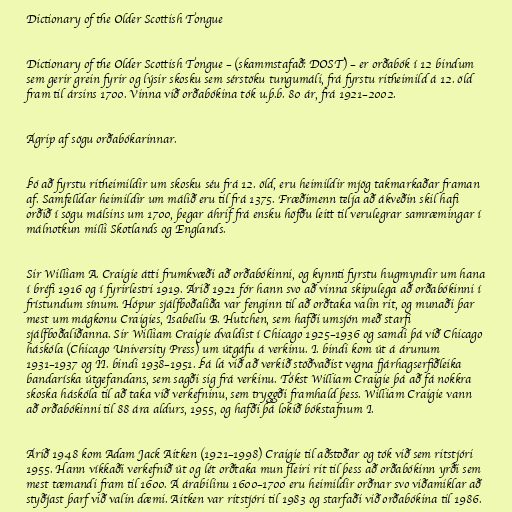
Dictionary of the Older Scottish Tongue

Dictionary of the Older Scottish Tongue – (skammstafað: DOST) – er orðabók í 12 bindum
sem gerir grein fyrir og lýsir skosku sem sérstöku tungumáli, frá fyrstu ritheimild á 12. öld
fram til ársins 1700. Vinna við orðabókina tók u.þ.b. 80 ár, frá 1921–2002.

Ágrip af sögu orðabókarinnar.

Þó að fyrstu ritheimildir um skosku séu frá 12. öld, eru heimildir mjög takmarkaðar framan
af. Samfelldar heimildir um málið eru til frá 1375. Fræðimenn telja að ákveðin skil hafi
orðið í sögu málsins um 1700, þegar áhrif frá ensku höfðu leitt til verulegrar samræmingar í
málnotkun milli Skotlands og Englands.

Sir William A. Craigie átti frumkvæði að orðabókinni, og kynnti fyrstu hugmyndir um hana
í bréfi 1916 og í fyrirlestri 1919. Árið 1921 fór hann svo að vinna skipulega að orðabókinni í
frístundum sínum. Hópur sjálfboðaliða var fenginn til að orðtaka valin rit, og munaði þar
mest um mágkonu Craigies, Isabellu B. Hutchen, sem hafði umsjón með starfi
sjálfboðaliðanna. Sir William Craigie dvaldist í Chicago 1925–1936 og samdi þá við Chicago
háskóla (Chicago University Press) um útgáfu á verkinu. I. bindi kom út á árunum
1931–1937 og II. bindi 1938–1951. Þá lá við að verkið stöðvaðist vegna fjárhagserfiðleika
bandaríska útgefandans, sem sagði sig frá verkinu. Tókst William Craigie þá að fá nokkra
skoska háskóla til að taka við verkefninu, sem tryggði framhald þess. William Craigie vann
að orðabókinni til 88 ára aldurs, 1955, og hafði þá lokið bókstafnum I.

Árið 1948 kom Adam Jack Aitken (1921–1998) Craigie til aðstoðar og tók við sem ritstjóri
1955. Hann víkkaði verkefnið út og lét orðtaka mun fleiri rit til þess að orðabókinn yrði sem
mest tæmandi fram til 1600. Á árabilinu 1600–1700 eru heimildir orðnar svo viðamiklar að
styðjast þarf við valin dæmi. Aitken var ritstjóri til 1983 og starfaði við orðabókina til 1986.